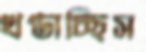
খণ্ডাচ্ছিস